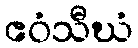
ဧဝံသီဃံ